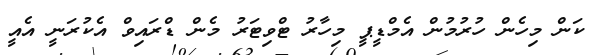
ކަން މިހެން ހުރުމުން އެމްޑީޕީ މިހާރު ޓްވިޓަރު މެން ޑްރައިވް އެކުރަނީ އެއީ